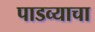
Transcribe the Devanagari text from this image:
पाडव्याचा